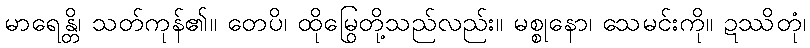
မာရေန္တိ၊ သတ်ကုန်၏။ တေပိ၊ ထိုမြွေတို့သည်လည်း။ မစ္စုနော၊ သေမင်းကို။ ဍဿိတုံ၊